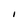
Character: I